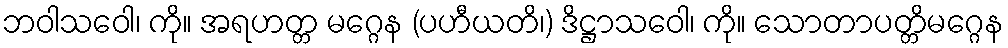
ဘဝါသဝေါ၊ ကို။ အရဟတ္တ မဂ္ဂေန (ပဟီယတိ၊) ဒိဋ္ဌာသဝေါ၊ ကို။ သောတာပတ္တိမဂ္ဂေန